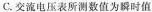
C.交流电压表所测数值为瞬时值